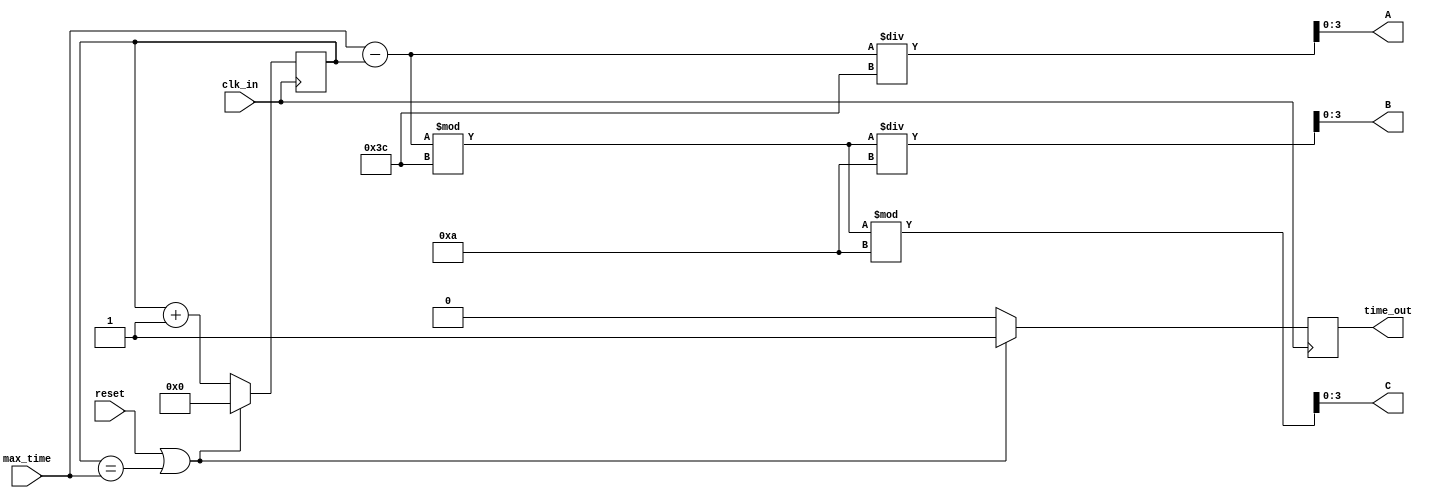
`timescale 1ns / 1ps
//////////////////////////////////////////////////////////////////////////////////
// Company: 
// Engineer: 
// 
// Design Name: 
// Module Name: counter_time_1
// Project Name: 
// Target Devices: 
// Tool Versions: 
// Description: 
// 
// Dependencies: 
// 
// Revision:
// Revision 0.01 - File Created
// Additional Comments:
// 
//////////////////////////////////////////////////////////////////////////////////


module counter_time_1(
    input clk_in,
    input [7:0] max_time,
    input reset,
    output [3:0] A,
    output [3:0] B,
    output [3:0] C,
    output reg time_out
    );
    
    wire [7:0] display_time;
    reg [7:0] present_time;
    
    initial 
    begin
        present_time = 8'h0;
        time_out = 0;
    end
    
    always @(posedge clk_in)
    begin
        if(reset || present_time == max_time)
        begin
            present_time = 8'b0;
            time_out = 1;
        end
        else 
        begin
            present_time = present_time + 1;
            time_out = 0;
        end
    end
    
    assign display_time = max_time - present_time;
    assign A = display_time/60;
    assign B = (display_time % 60)/10;
    assign C = (display_time % 60)%10; 
endmodule